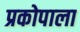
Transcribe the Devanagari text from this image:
प्रकोपाला